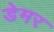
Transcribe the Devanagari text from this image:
डेमर